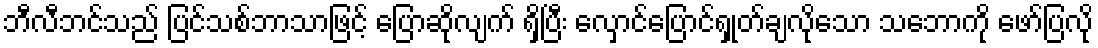
ဘီလီဘင်သည် ပြင်သစ်ဘာသာဖြင့် ပြောဆိုလျက် ရှိပြီး လှောင်ပြောင်ရှုတ်ချလိုသော သဘောကို ဖော်ပြလို